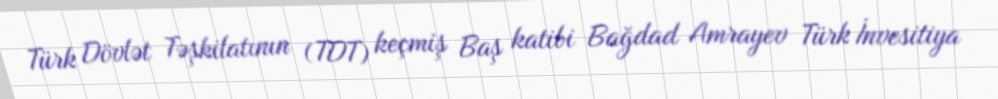
Türk Dövlət Təşkilatının (TDT) keçmiş Baş katibi Bağdad Amrayev Türk İnvesitiya